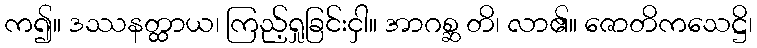
က၍။ ဒဿနတ္ထာယ၊ ကြည့်ရှုခြင်းငှါ။ အာဂစ္ဆ တိ၊ လာ၏။ ဇောတိကသေဋ္ဌိ၊